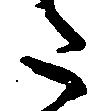
た